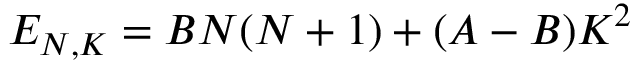
E _ { N , K } = B N ( N + 1 ) + ( A - B ) K ^ { 2 }